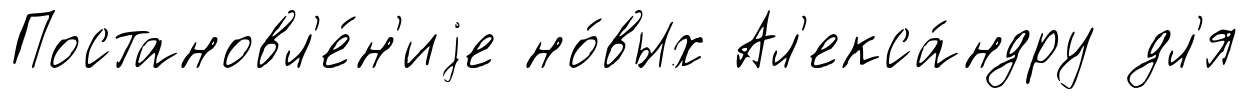
Постановл'е́н'иjе но́вых Ал'екса́ндру дл'я